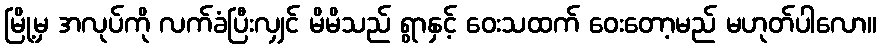
မြို့မှ အလုပ်ကို လက်ခံပြီးလျှင် မိမိသည် ရွာနှင့် ဝေးသထက် ဝေးတော့မည် မဟုတ်ပါလော။